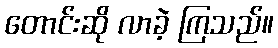
တောင်းဆို လာခဲ့ ကြသည်။